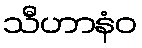
သီဟာနံဝ